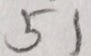
5 1